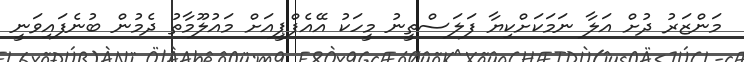
މަންޒަރު ދުށް އަލާ ނަމަކަށްކިޔާ ފަލަސްތީނު މީހަކު އޭއެފްޕީއަށް މައުލޫމާތު ދެމުން ބުނެފައިވަނީ